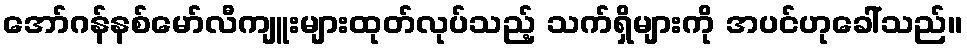
အော်ဂန်နစ်မော်လီကျူးများထုတ်လုပ်သည့် သက်ရှိများကို အပင်ဟုခေါ်သည်။